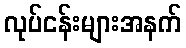
လုပ်ငန်းများအနက်